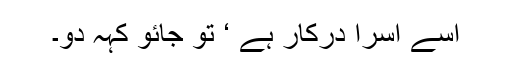
اسے آسرا درکار ہے ‘ تو جائو کہہ دو۔